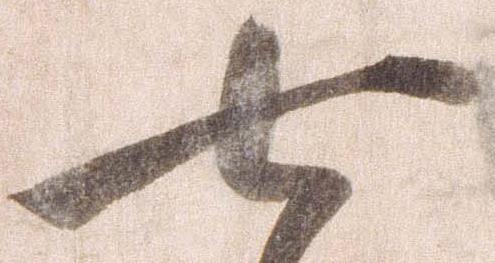
七